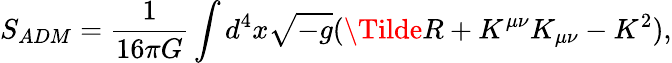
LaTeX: S_{ADM}=\frac{1}{16\pi G}\int d^{4}x\sqrt{-g}(\Tilde{R}+K^{\mu\nu}K_{\mu\nu}-K^{2}),